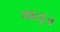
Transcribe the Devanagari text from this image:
वालुज